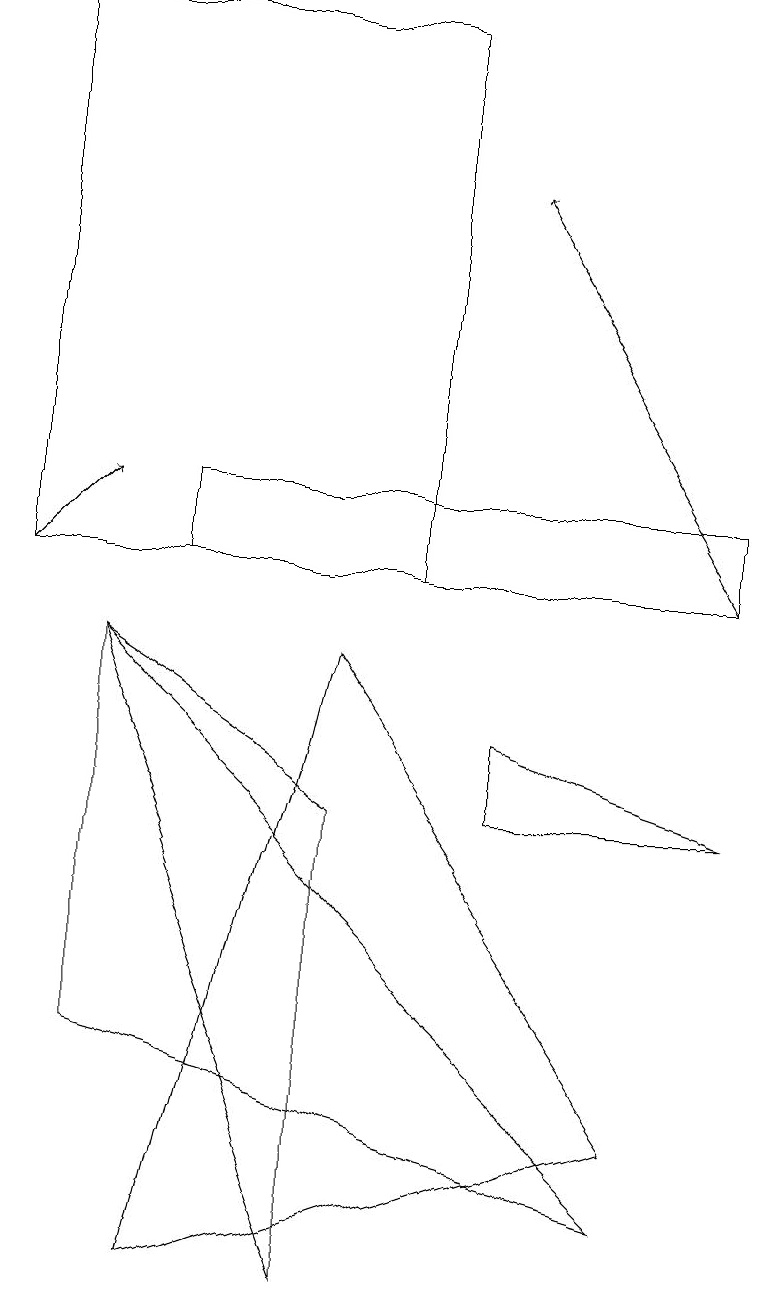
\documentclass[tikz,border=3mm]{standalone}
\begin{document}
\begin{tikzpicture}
\draw[->] (9,10) -- (6,15);
\draw (4,9) -- (2,1) -- (8,3) -- cycle;
\draw (5,17) rectangle (0,10);
\draw (1,4) -- (1,9) -- (8,2) -- cycle;
\draw[->] (0,10) -- (1,11);
\draw (9,7) -- (6,7) -- (6,8) -- cycle;
\draw (2,10) rectangle (9,11);
\draw (1,9) -- (4,7) -- (4,1) -- cycle;
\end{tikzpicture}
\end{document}